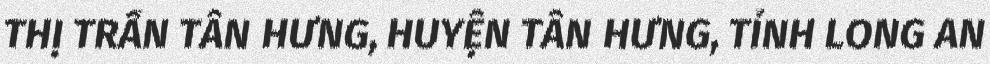
THỊ TRẤN TÂN HƯNG, HUYỆN TÂN HƯNG, TỈNH LONG AN